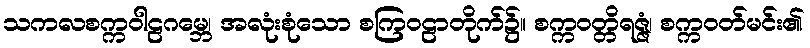
သကလစက္ကဝါဠဂမ္ဘေ၊ အလုံးစုံသော စကြဝဠာတိုက်၌။ စက္ကဝတ္တိရဇ္ဇံ၊ စက္ကဝတ်မင်း၏